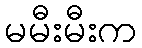
မမီးမီးက